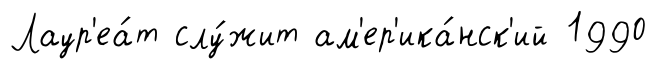
Лаур'еа́т слу́жит ам'ер'ика́нск'ий 1990